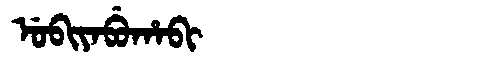
Manchu: ᡠᠪᡳᠶᠠᠪᡠᡥᠠᠪᡳ
Romanization: UBIYABUHABI